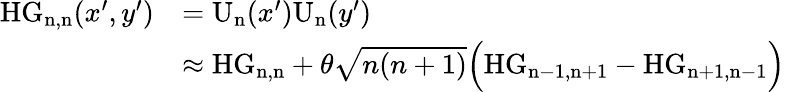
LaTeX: \begin{array}{rl}{\mathrm{HG_{n,n}}(x^{\prime},y^{\prime})}&{=\mathrm{U_{n}}(x^{\prime})\mathrm{U_{n}}(y^{\prime})}\\ &{\approx\mathrm{HG_{n,n}}+\theta\sqrt{n(n+1)}\Big(\mathrm{HG_{n-1,n+1}}-\mathrm{HG_{n+1,n-1}}\Big)}\end{array}